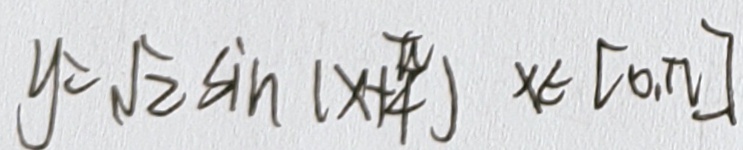
y = \sqrt { 2 } \sin ( x + \frac { \pi } { 4 } ) x \in [ 0 , n ]